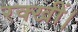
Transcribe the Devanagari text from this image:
रक्खीं।